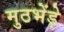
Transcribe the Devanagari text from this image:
मुठभेंड़े